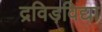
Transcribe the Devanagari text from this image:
द्रविड़विद्या